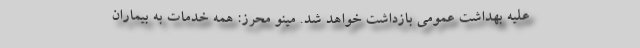
علیه بهداشت عمومی بازداشت خواهد شد. مینو محرز: همه خدمات به بیماران